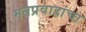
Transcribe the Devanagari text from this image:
मतप्रवाहांचा